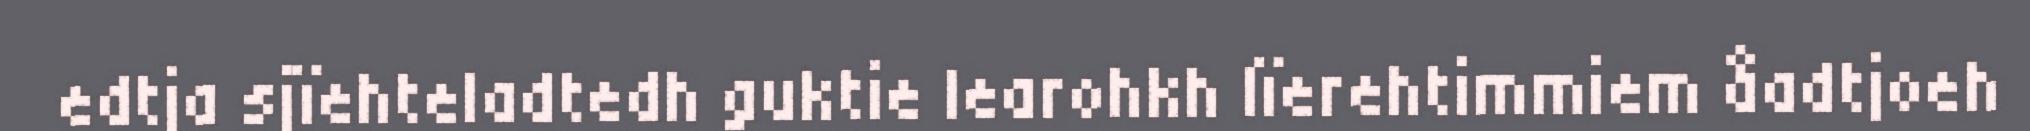
edtja sjïehteladtedh guktie learohkh lïerehtimmiem åadtjoeh